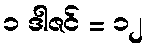
၁ ဒါဇင် = ၁၂